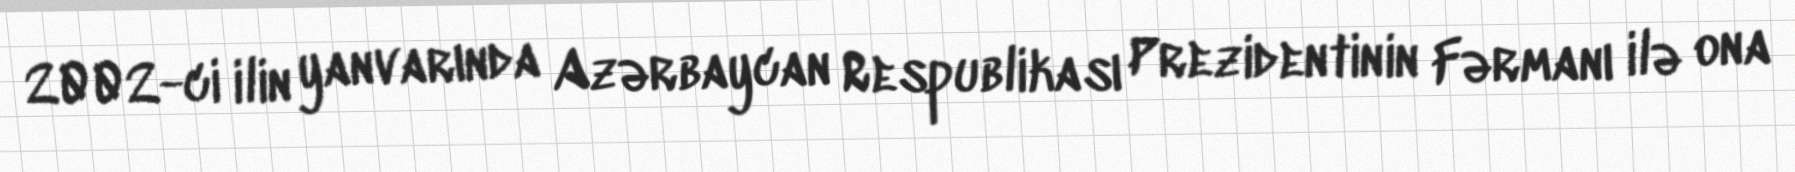
2002-ci ilin yanvarında Azərbaycan Respublikası Prezidentinin Fərmanı ilə ona